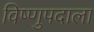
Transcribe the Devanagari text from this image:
विष्णुपदाला